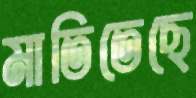
মাতিতেছে